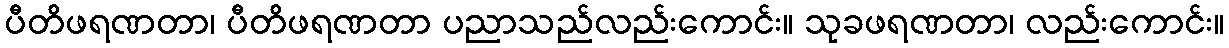
ပီတိဖရဏတာ၊ ပီတိဖရဏတာ ပညာသည်လည်းကောင်း။ သုခဖရဏတာ၊ လည်းကောင်း။